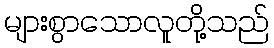
များစွာသောလူတို့သည်